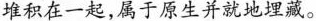
堆积在一起，属于原生并就地埋藏。